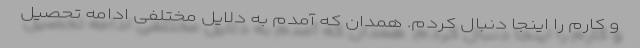
و کارم را اینجا دنبال کردم. همدان که آمدم به دلایل مختلفی ادامه تحصیل